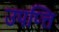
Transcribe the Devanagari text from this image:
उपप्त्ति